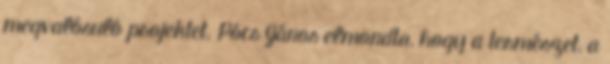
megvalósuló projektet. Pócs János elmondta, hogy a természet, a